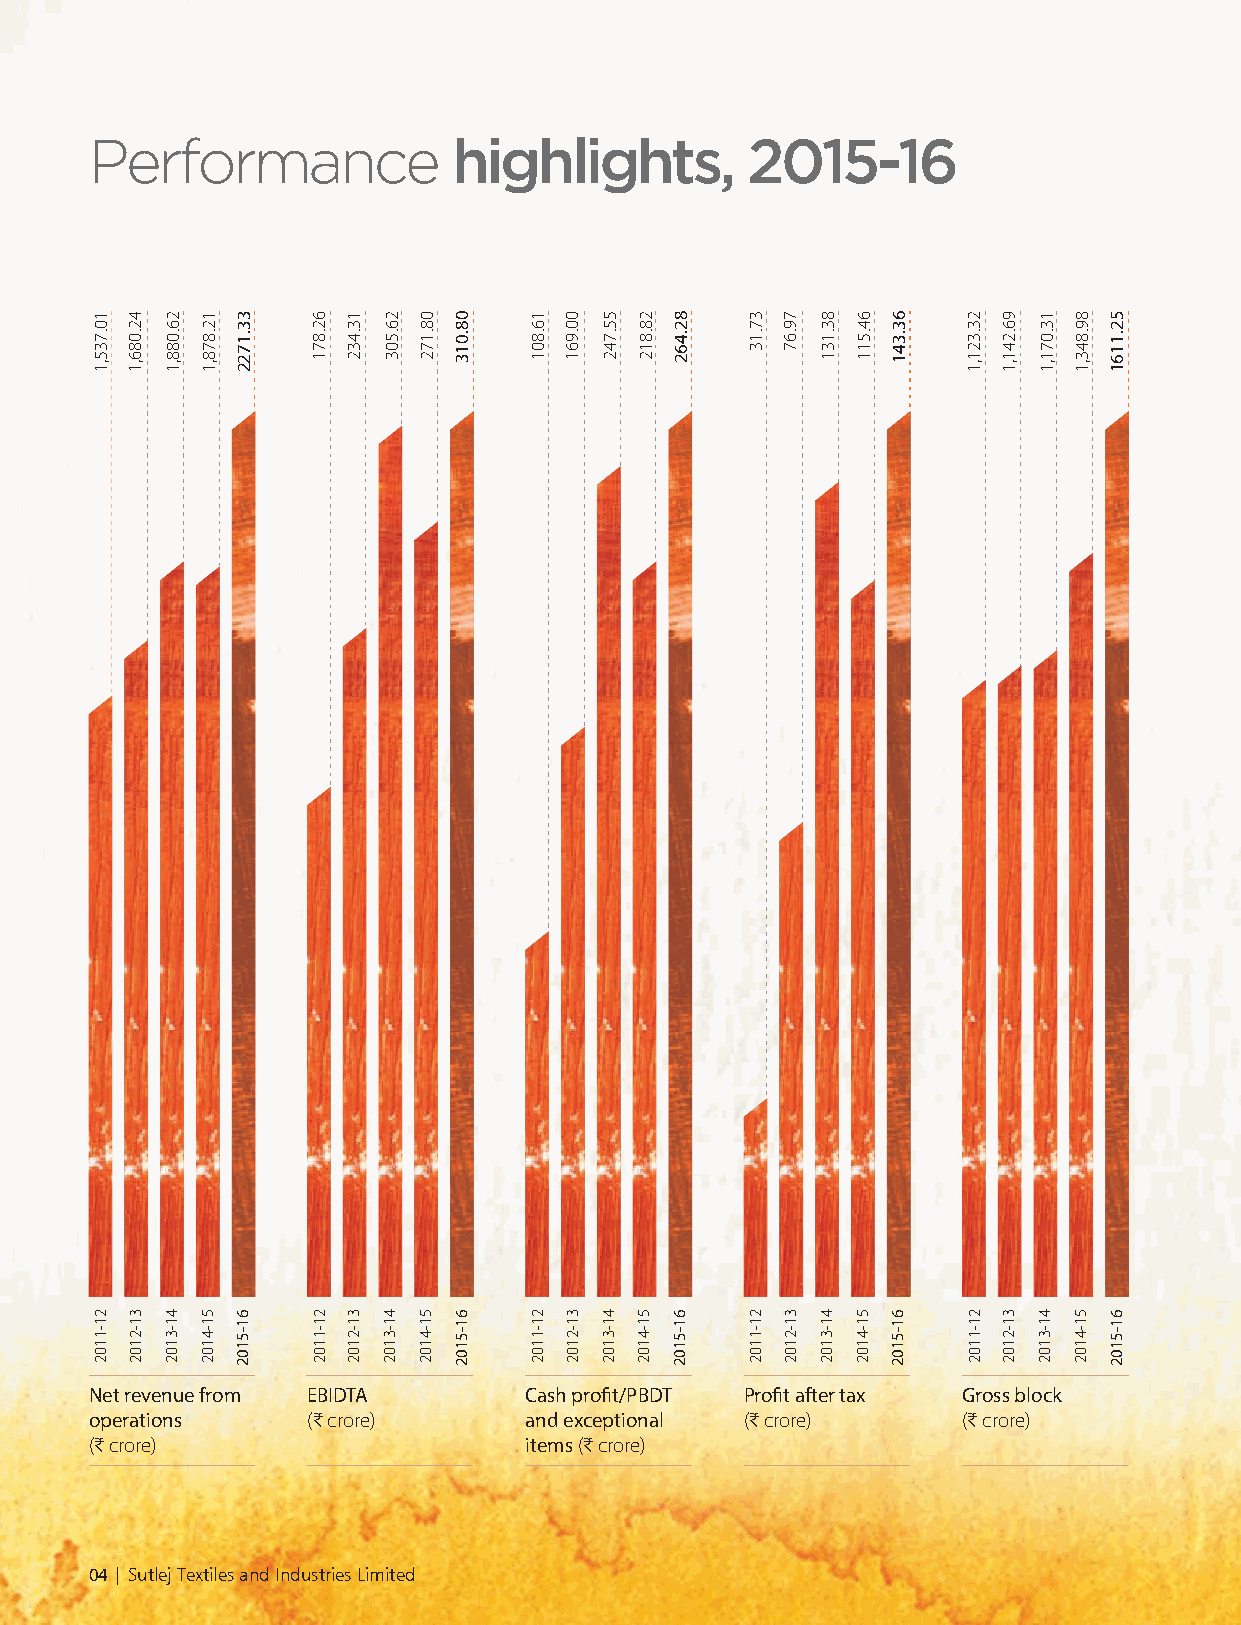
Performance             highlights,        2015-16
 Net revenue from EBIDTA      Cash profit/PBDT Profit after tax Gross block
 operations    (C crore)      and exceptional (C crore)    (C crore)
 (C crore)                    items (C crore)
 04 | Sutlej Textiles and Industries Limited
 10.735,1
 21-1102
 42.086,1
 31-2102
 26.088,1
 41-3102
 12.878,1
 51-4102
 33.1722
 61-5102
 62.871
 21-1102
 13.432
 31-2102
 26.503
 41-3102
 08.172
 51-4102
 08.013
 61-5102
 16.801
 21-1102
 00.961
 31-2102
 55.742
 41-3102
 28.812
 51-4102
 82.462
 61-5102
 37.13
 21-1102
 79.67
 31-2102
 83.131
 41-3102
 64.511
 51-4102
 63.341
 61-5102
 23.321,1
 21-1102
 96.241,1
 31-2102
 13.071,1
 41-3102
 89.843,1
 51-4102
 52.1161
 61-5102